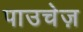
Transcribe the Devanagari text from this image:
पाउचेज़